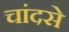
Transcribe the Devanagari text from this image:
चांदसे